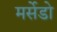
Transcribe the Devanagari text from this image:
मर्सेडो